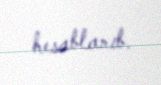
hesablanıb.